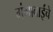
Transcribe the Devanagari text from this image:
गंगाबाईंचे